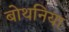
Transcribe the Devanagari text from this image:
बोथनिया